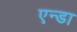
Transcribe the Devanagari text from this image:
एन्डा